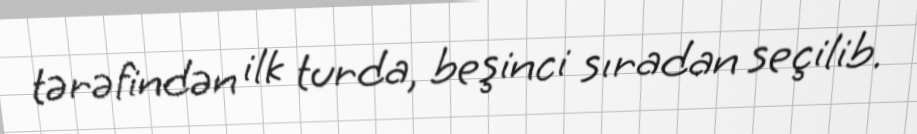
tərəfindən ilk turda, beşinci sıradan seçilib.